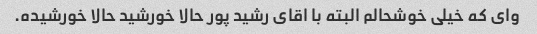
وای که خیلی خوشحالم البته با اقای رشید پور حالا خورشید حالا خورشیده.